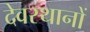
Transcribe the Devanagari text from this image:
देवस्‍थानों